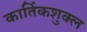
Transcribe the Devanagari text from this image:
कार्तिकशुक्ल